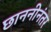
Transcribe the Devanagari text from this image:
छाननीनंतर